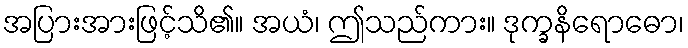
အပြားအားဖြင့်သိ၏။ အယံ၊ ဤသည်ကား။ ဒုက္ခနိရောဓော၊